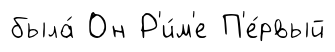
была́ Он Р'и́м'е П'е́рвый